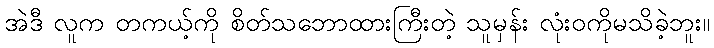
အဲဒီ လူက တကယ့်ကို စိတ်သဘောထားကြီးတဲ့ သူမှန်း လုံးဝကိုမသိခဲ့ဘူး။